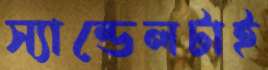
স্যান্ডেলটাই